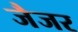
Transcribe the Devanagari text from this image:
जैजर